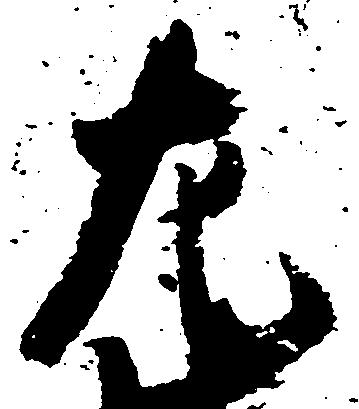
左